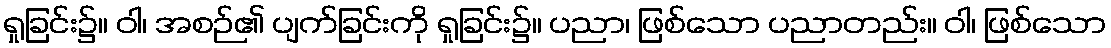
ရှုခြင်း၌။ ဝါ၊ အစဉ်၏ ပျက်ခြင်းကို ရှုခြင်း၌။ ပညာ၊ ဖြစ်သော ပညာတည်း။ ဝါ၊ ဖြစ်သော